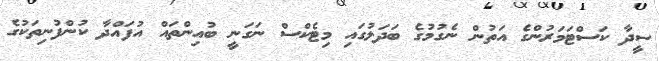
ސީދާ ކަސްޓަމަރުންގެ އަތުން ނެގުމުގެ ބަދަލުގައި މިޓެކްސް ނަގަނީ ބުއިންތައް އުފައްދާ ކުންފުނިތަކުގެ